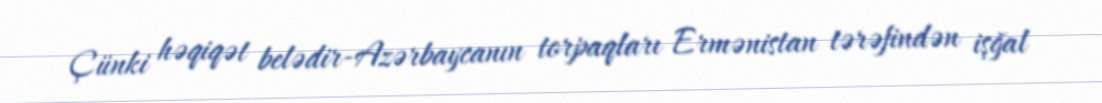
Çünki həqiqət belədir-Azərbaycanın torpaqları Ermənistan tərəfindən işğal